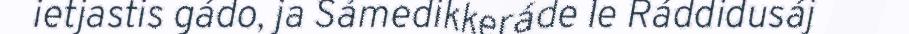
ietjastis gádo, ja Sámedikkeráde le Ráddidusáj